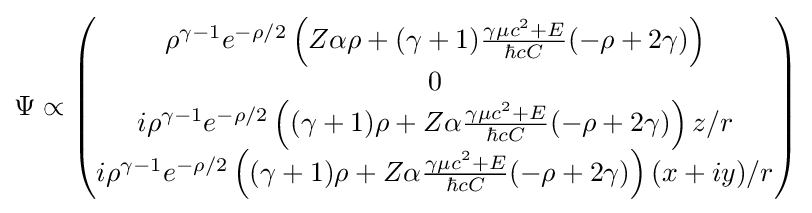
\Psi \propto {\begin{pmatrix}\rho ^{\gamma -1}e^{-\rho /2}\left(Z\alpha \rho +(\gamma +1){\frac {\gamma \mu c^{2}+E}{\hbar cC}}(-\rho +2\gamma )\right)\\0\\i\rho ^{\gamma -1}e^{-\rho /2}\left((\gamma +1)\rho +Z\alpha {\frac {\gamma \mu c^{2}+E}{\hbar cC}}(-\rho +2\gamma )\right)z/r\\i\rho ^{\gamma -1}e^{-\rho /2}\left((\gamma +1)\rho +Z\alpha {\frac {\gamma \mu c^{2}+E}{\hbar cC}}(-\rho +2\gamma )\right)(x+iy)/r\end{pmatrix}}